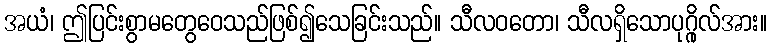
အယံ၊ ဤပြင်းစွာမတွေဝေသည်ဖြစ်၍သေခြင်းသည်။ သီလဝတော၊ သီလရှိသောပုဂ္ဂိုလ်အား။